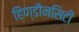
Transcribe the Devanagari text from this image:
हिण्डौनसिटी